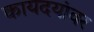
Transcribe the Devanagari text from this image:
कायदयांवर